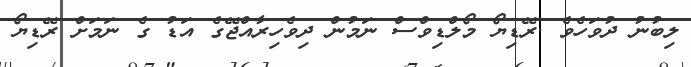
ލިބުނު ދުވަހެވެ .ރޭޑިޔޯ މޯލްޑިވްސް ނަމުން ދިވެހިރާއްޖޭގެ އަޑު ގެ ނަމަށް ރޭޑިޔޯ